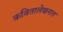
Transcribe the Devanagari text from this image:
कवितालेखनात